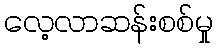
လေ့လာဆန်းစစ်မှု